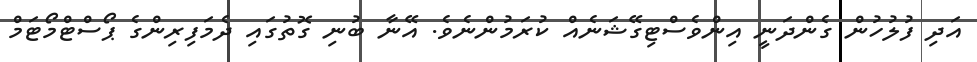
އަދި ފުލުހުން ގެންދަނީ އިންވެސްޓިގޭޝަނެއް ކުރަމުންނެވެ. އޭނާ ބުނި ގޮތުގައި ދެމަފިރިންގެ ޕޯސްޓްމޯޓަމް